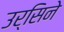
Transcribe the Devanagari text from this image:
उर्सिने